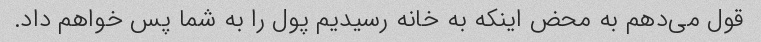
قول می‌دهم به محض اینکه به خانه رسیدیم پول را به شما پس خواهم داد.